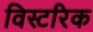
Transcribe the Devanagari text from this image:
विस्टरिक